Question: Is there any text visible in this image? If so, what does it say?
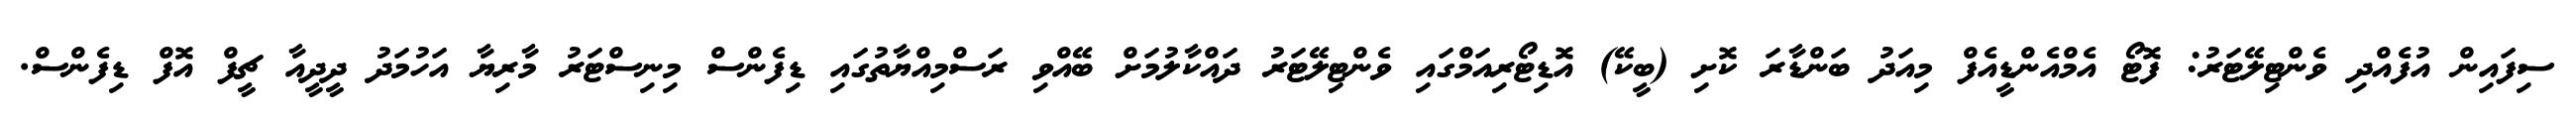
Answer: ސިފައިން އުފެއްދި ވެންޓިލޭޓަރު: ފޮޓޯ އެމްއެންޑީއެފް މިއަދު ބަންޑާރަ ކޮށި (ބީކޭ) އޮޑިޓޯރިއަމްގައި ވެންޓިލޭޓަރު ދައްކާލުމަށް ބޭއްވި ރަސްމިއްޔާތުގައި ޑިފެންސް މިނިސްޓަރު މާރިޔާ އަހުމަދު ދީދީއާ ޗީފް އޮފް ޑިފެންސް.